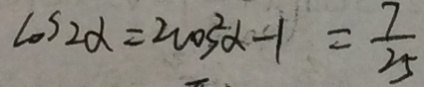
\cos 2 \alpha = 2 \cos ^ { 2 } \alpha - 1 = \frac { 7 } { 2 5 }